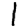
Digit: 1